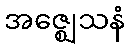
အဇ္ဈေသနံ